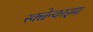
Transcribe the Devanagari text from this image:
स्क्ल्रेन्काइमा